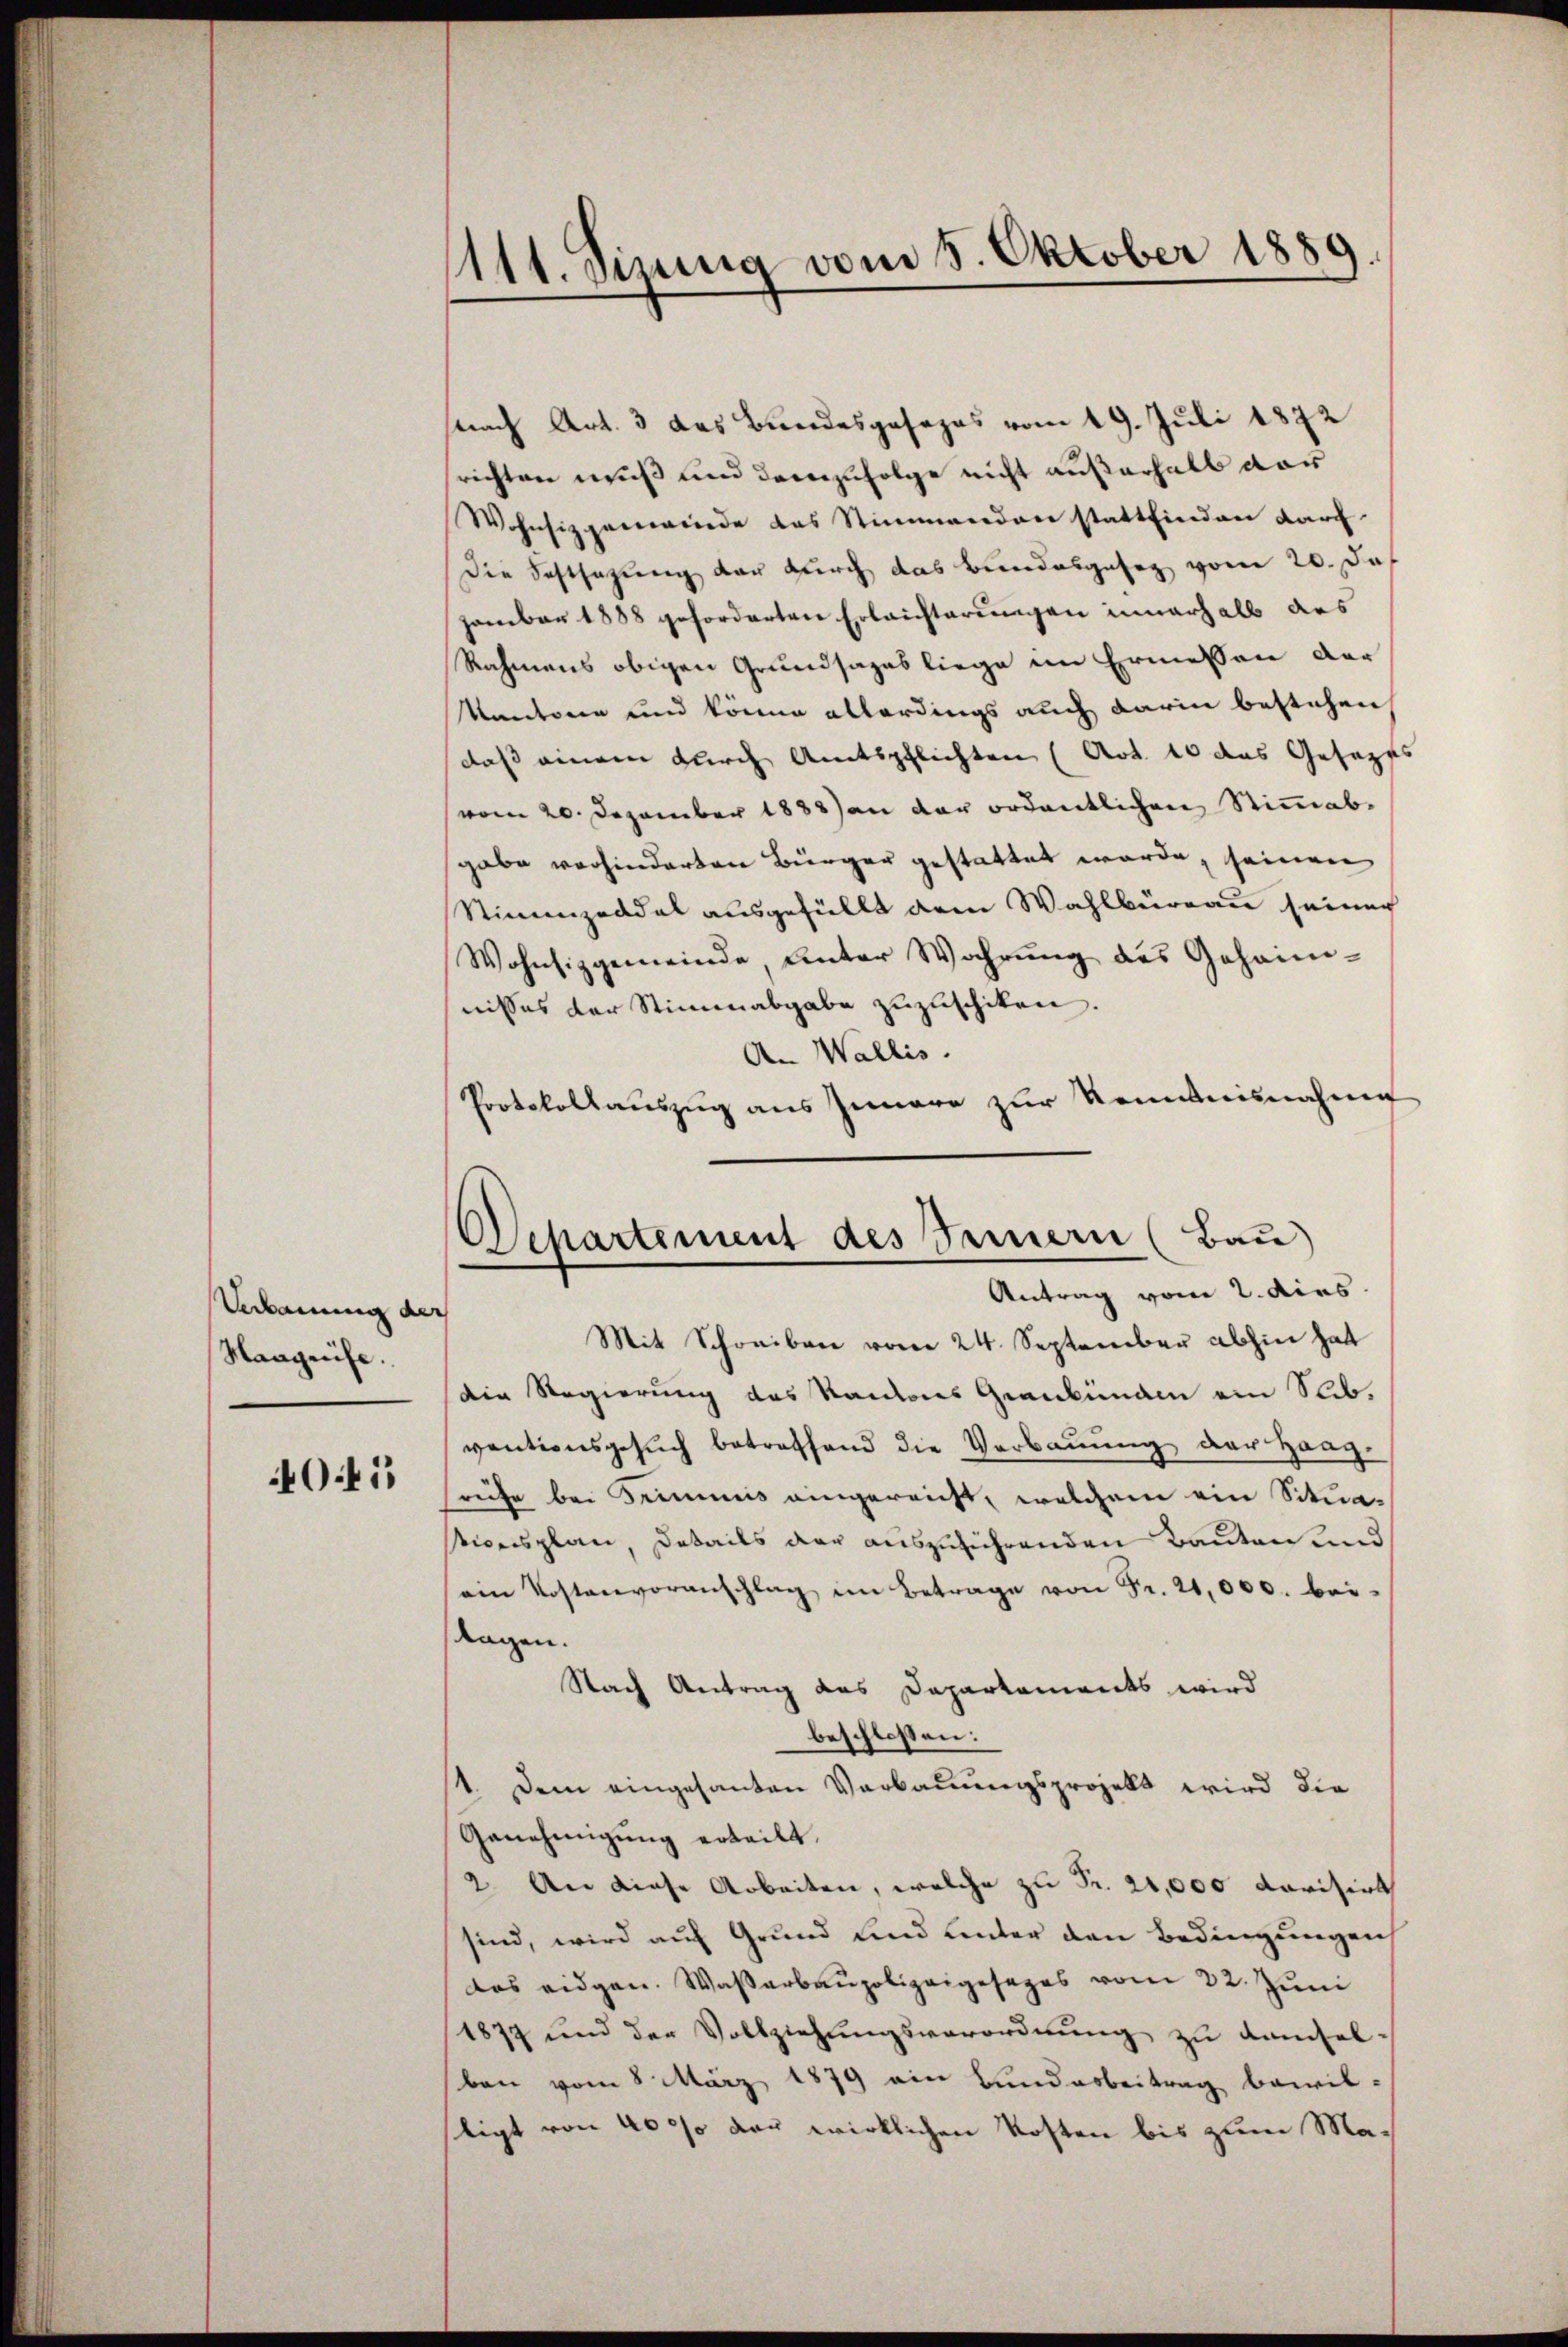
Verbauung der
Maageuse.

041

1111. Sizung vom 8. Oktober 1889.

snach Art. 3 das Bundesgesezes vom 19. Juli 1872
richten muß und demzufolge nicht außerhalb der
Wohnsizgenwinde das Stimmenden stattfinden darf.
Die Festsagung der durch das Bundesgeseg vom 20. Das
zember 1888 geforderten Erleichterungen innerhalb des
Rahmens obigen Grundsages liege im Ermessen der
Kantonen und könne allerdings auch darin bestehen
daß einem durch Amtspflichten (Art. 10 das Gesezts
vom 20. Dezember 1888) an der ordentlichen Stimmabgabe vorhinderten Bürger gestattet werde, seinen
Stimmzeddel ausgefüllt dem Wahlbüreau seiner
Wohnsizgemeinde Unter Wahrŭng des Geheim-
nisses der Stimmabgabe zuzuschiken.
An Wallis.
Protokollauszug aus Innere zur Kenntnisnahme
Mit Schreiben vom 24. September abhin hat
die Regierung des Kantons Graubünden ein Subventionsgesŭch betreffend die Verbaŭŭng der Haag-
saufe bei Trimmis eingereicht, welchem ein Situasticensplan, Details der auszuführenden Bauten und
ein Kostenvoranschlag im Betrage von Fr. 21,000. beitagen.
Nach Antrag des Departements wird
beschlossen:
1. Dem eingesanten Verbauungsprojekt wird die
Genehmigung erteilt.
2. An diese Arbeiten, welche zu Fr. 21,000 dorisirt
sind, wird auf Grund und unter den Bedingungen
das eidgen. Wasserbaupolizeigesages vom 22. Juni
1877 und der Vollziehungsverordnung zu kamsel
ben vom 8. März 1879 ein Bundesbeitrag bewil-
stigt von 40 so der wirklichen Kosten bis zum Ma¬

Departement des Seinern (Bau
Antrag vom 2. dies